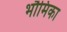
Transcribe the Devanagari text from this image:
भौमिका